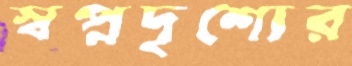
স্বপ্নদৃশ্যের